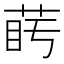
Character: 𦲰